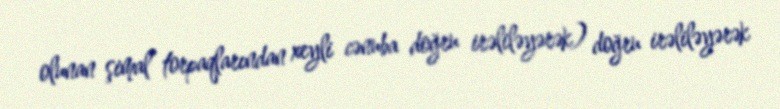
olunan şimal torpaqlarından xeyli cənuba doğru irəliləyərək) doğru irəliləyərək